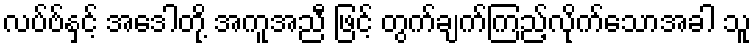
လပ်ဗ်နှင့် အေဒါတို့ အကူအညီ ဖြင့် တွက်ချက်ကြည့်လိုက်သောအခါ သူ